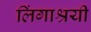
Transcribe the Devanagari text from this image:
लिंगाश्रयी